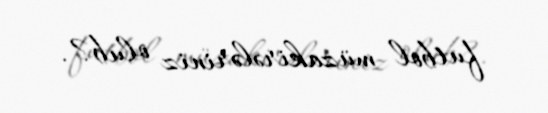
futbol müzakirələriniz olub?.